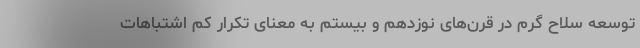
توسعه سلاح گرم در قرن‌های نوزدهم و بیستم به معنای تکرار کم اشتباهات